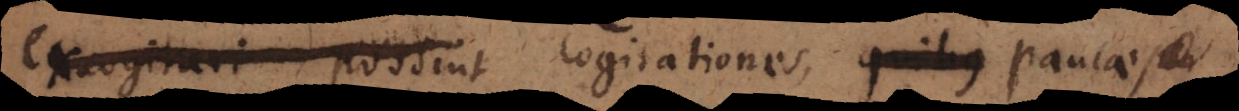
eniri possint cogitationes, quibus paucae,